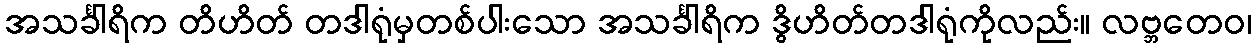
အသင်္ခါရိက တိဟိတ် တဒါရုံမှတစ်ပါးသော အသင်္ခါရိက ဒွိဟိတ်တဒါရုံကိုလည်း။ လဗ္ဘတေဝ၊